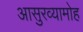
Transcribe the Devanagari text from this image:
आसुरव्यामोह